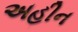
અહીન